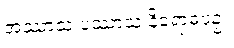
အဿာသ ပဿာသ နိရောဓပဉှ။